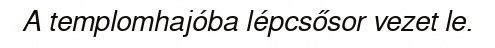
A templomhajóba lépcsősor vezet le.